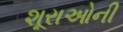
શૂરાઓની